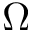
\Omega